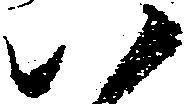
八